Triennial report on the lunatic asylums in the province of Eastern Bengal and Assam - 1903-1911
Year: 1903
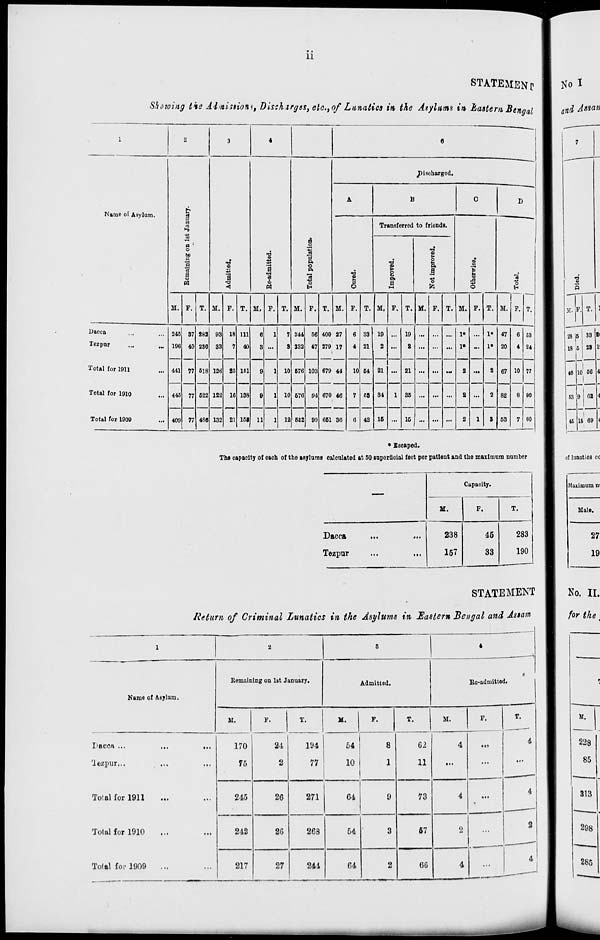
ii
STATEMENT
Showing the Admissions, Discharges, etc., of Lunatics in the Asylums in Eastern Bengal
1
Name of Asylum.
Dacca ... ...
Tezpur ... ...
Total for 1911 ...
Total for 1910 ...
Total for 1909 ...
2
Remaining on 1st January.
M.
245
196
441
445
409
F.
37
40
77
77
77
T.
282
236
518
522
486
3
Admitted.
M.
93
33
126
122
132
F.
18
7
25
16
21
T.
111
40
151
138
153
4
Re-admitted.
M.
6
3
9
9
11
F.
1
...
1
1
1
T.
7
3
10
10
12
5
Total population.
M.
344
232
576
576
552
F.
56
47
103
94
99
T.
400
279
679
670
651
6
Discharged.
A
Cured.
M.
27
17
44
46
36
F.
6
4
10
7
6
T.
33
21
54
53
42
B
Transferred to friends.
Improved.
M.
19
2
21
34
15
F.
...
...
...
1
...
T.
19
2
21
35
15
Not improved.
M.
...
...
...
...
...
F.
...
...
...
...
...
T.
...
...
...
...
...
C
Otherwise.
M.
1*
1*
2
2
2
F.
...
...
...
...
1
T.
1*
1*
2
2
3
D
Total.
M.
47
20
67
82
53
F.
6
4
10
8
7
T.
53
24
77
90
60
* Escaped.
The capacity of each of the asylums calculated at 50 superficial feet per patient and the maximum number
—
Dacca ... ...
Tezpur ... ...
Capacity.
M.
238
157
F.
45
33
T.
283
190
STATEMENT
Return of Criminal Lunatics in the Asylums in Eastern Bengal and Assam
1
Name of Asylum.
Dacca ...
...
...
Tezpur... ... ...
Total for 1911 ... ...
Total for 1910 ... ...
Total for 1909 ... ...
2
Remaining on 1st January.
M.
170
75
245
242
217
F.
24
2
26
26
27
T.
194
77
271
268
244
3
Admitted.
M.
54
10
64
54
64
F.
8
1
9
3
2
T.
62
11
73
57
66
4
Re-admitted.
M.
4
...
4
2
4
F.
...
...
...
...
...
T.
4
...
4
2
4